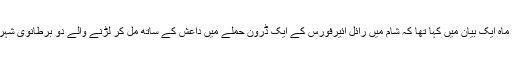
ڈیوڈ کیمرون نے اسی ماہ ایک بیان میں کہا تھا کہ شام میں رائل ائیرفورس کے ایک ڈرون حملے میں داعش کے ساتھ مل کر لڑنے والے دو برطانوی شہری ہلاک ہوگئے تھے۔